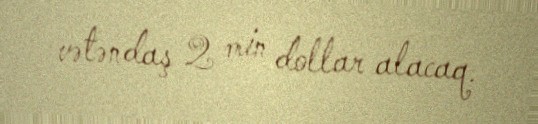
vətəndaş 2 min dollar alacaq.